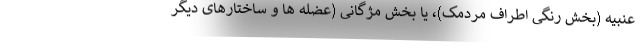
عنبیه (بخش رنگی اطراف مردمک)، یا بخش مژگانی (عضله ها و ساختارهای دیگر